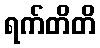
ရက်တိတိ